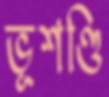
ভূশণ্ডি